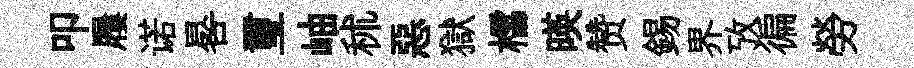
叩屨诺晷璽岫秫惡獄櫺暎赞錫界攷徧勞